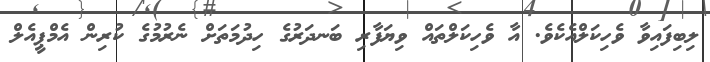
ލިބިފައިވާ ވެހިކަލްއެކެވެ. އާ ވެހިކަލްތައް ވިޔަފާރި ބަނދަރުގެ ހިދުމަތަށް ނެރުމުގެ ކުރިން އެމްޕީއެލް